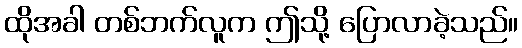
ထိုအခါ တစ်ဘက်လူက ဤသို့ ပြောလာခဲ့သည်။